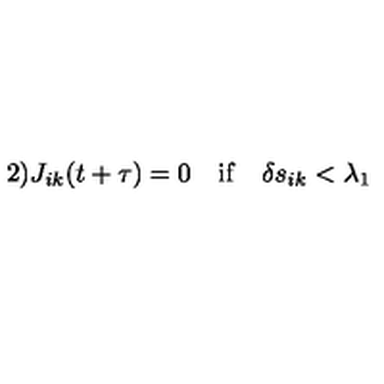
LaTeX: \mathrm { 2 ) } J _ { i k } ( t + \tau ) = 0 \quad \mathrm { i f } \quad \delta s _ { i k } < \lambda _ { 1 }